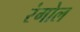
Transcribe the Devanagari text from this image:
रंगोल